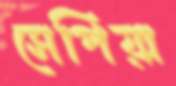
সেপিয়া